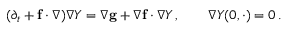
( \partial _ { t } + \mathbf { f } \cdot \nabla ) \nabla Y = \nabla \mathbf { g } + \nabla \mathbf { f } \cdot \nabla Y \, , \qquad \nabla Y ( 0 , \cdot ) = 0 \, .